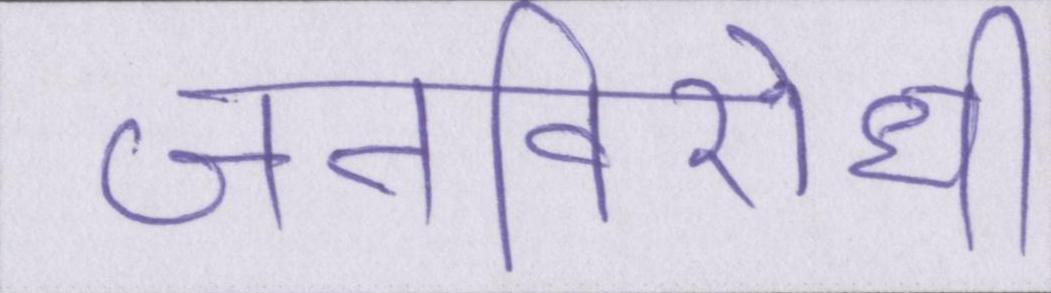
जनविरोधी